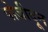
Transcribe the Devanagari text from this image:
पोजीदून